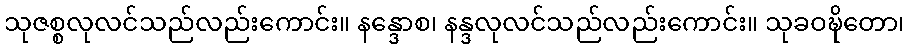
သုဇစ္စလုလင်သည်လည်းကောင်း။ နန္ဒောစ၊ နန္ဒလုလင်သည်လည်းကောင်း။ သုခဝဍ္ဎိတော၊